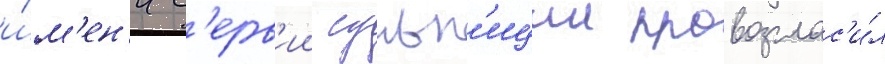
и́м'ен'и с'ерв'ии сульп'иции провозглас'и́л